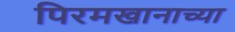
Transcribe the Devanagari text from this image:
पिरमखानाच्या